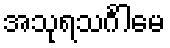
အသုရသင်္ဂါမေ